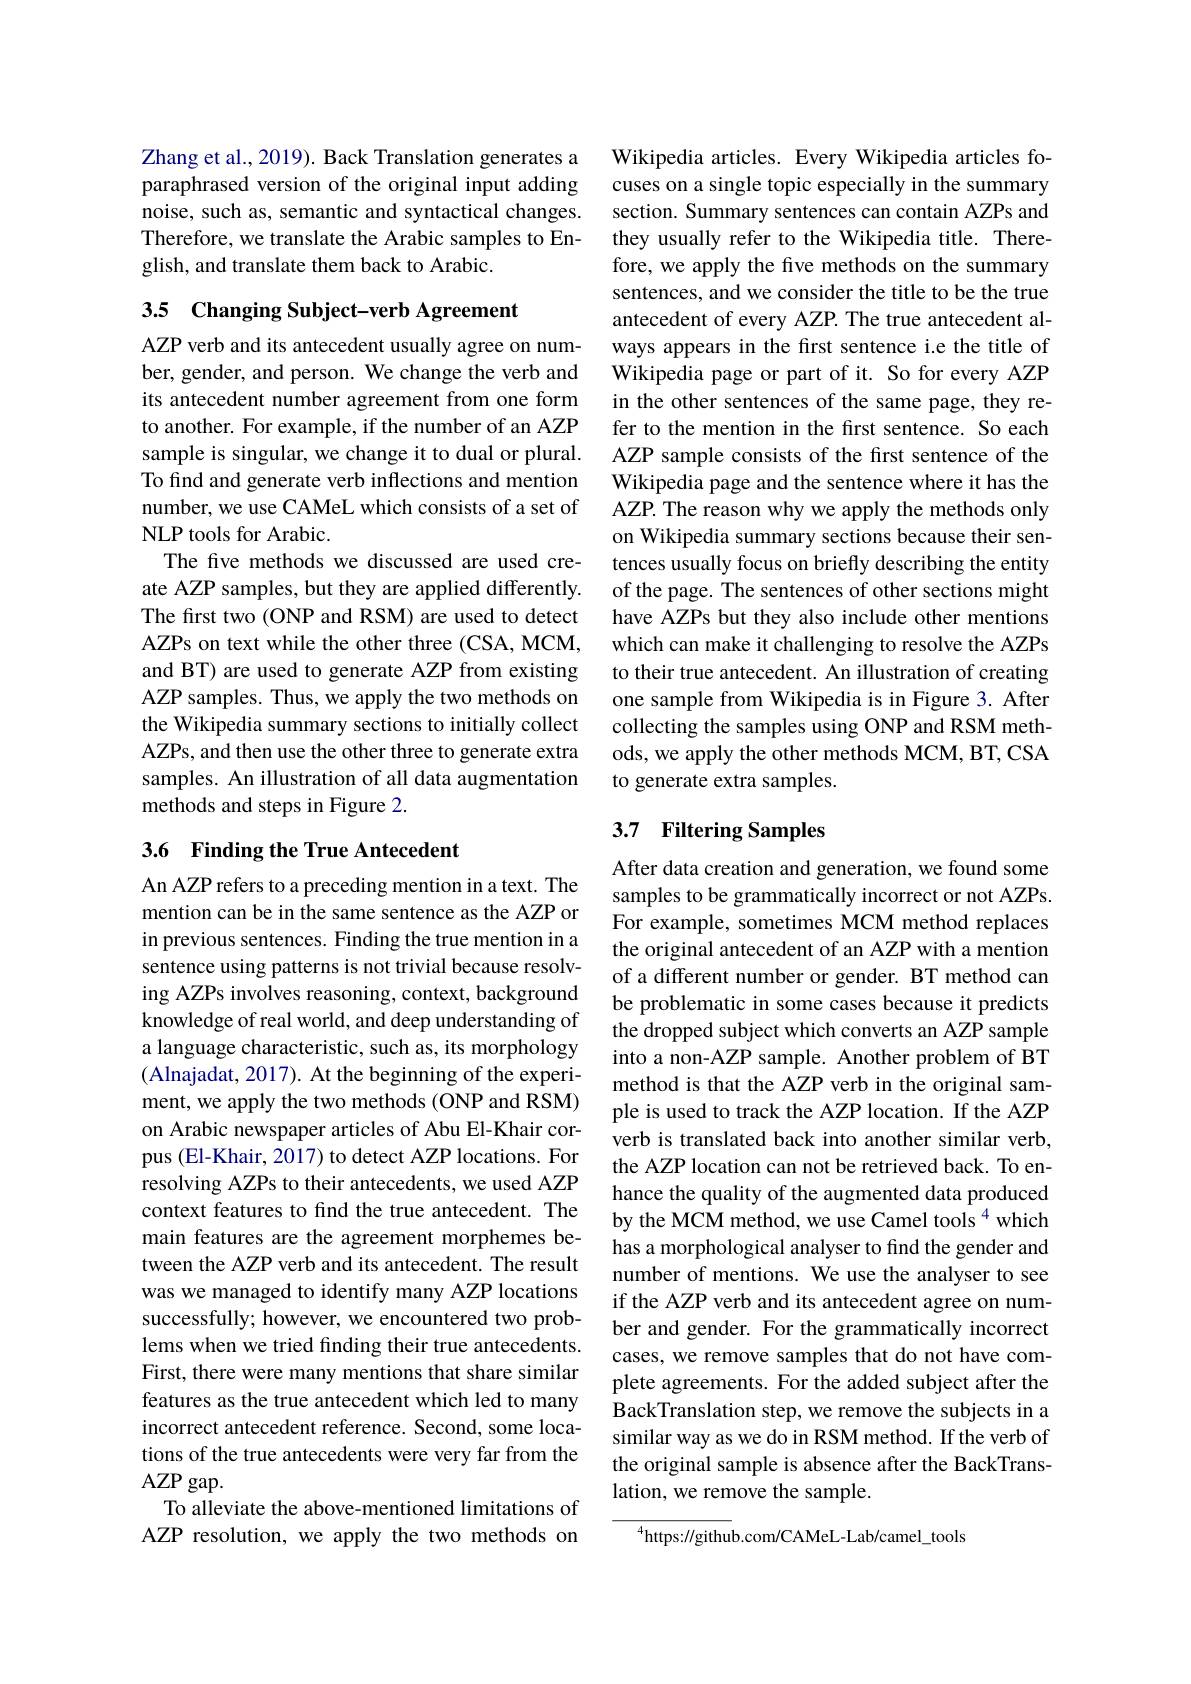
Zhang et al., 2019). Back Translation generates a paraphrased version of the original input adding noise, such as, semantic and syntactical changes. Therefore, we translate the Arabic samples to English, and translate them back to Arabic.

# 3.5 Changing Subject-verb Agreement

AZP verb and its antecedent usually agree on number, gender, and person. We change the verb and its antecedent number agreement from one form to another. For example, if the number of an AZP sample is singular, we change it to dual or plural. To find and generate verb inflections and mention number, we use CAMeL which consists of a set of NLP tools for Arabic.
The five methods we discussed are used create AZP samples, but they are applied differently. The first two (ONP and RSM) are used to detect AZPs on text while the other three (CSA, MCM, and BT) are used to generate AZP from existing AZP samples. Thus, we apply the two methods on the Wikipedia summary sections to initially collect AZPs, and then use the other three to generate extra samples. An illustration of all data augmentation methods and steps in Figure 2.

# 3.6 Finding the True Antecedent

An AZP refers to a preceding mention in a text. The mention can be in the same sentence as the AZP or in previous sentences. Finding the true mention in a sentence using patterns is not trivial because resolving AZPs involves reasoning, context, background knowledge of real world, and deep understanding of a language characteristic, such as, its morphology (Alnajadat, 2017). At the beginning of the experiment, we apply the two methods (ONP and RSM) on Arabic newspaper articles of Abu El-Khair corpus (El-Khair, 2017) to detect AZP locations. For resolving AZPs to their antecedents, we used AZP context features to find the true antecedent. The main features are the agreement morphemes between the AZP verb and its antecedent. The result was we managed to identify many AZP locations successfully; however, we encountered two problems when we tried finding their true antecedents. First, there were many mentions that share similar features as the true antecedent which led to many incorrect antecedent reference. Second, some locations of the true antecedents were very far from the AZP gap.
To alleviate the above-mentioned limitations of AZP resolution, we apply the two methods on

Wikipedia articles. Every Wikipedia articles focuses on a single topic especially in the summary section. Summary sentences can contain AZPs and they usually refer to the Wikipedia title. Therefore, we apply the five methods on the summary sentences, and we consider the title to be the true antecedent of every AZP. The true antecedent always appears in the first sentence i.e the title of Wikipedia page or part of it. So for every AZP in the other sentences of the same page, they refer to the mention in the first sentence. So each AZP sample consists of the frst sentence of the Wikipedia page and the sentence where it has the AZP. The reason why we apply the methods only on Wikipedia summary sections because their sentences usually focus on briefly describing the entity of the page. The sentences of other sections might have AZPs but they also include other mentions which can make it challenging to resolve the AZPs to their true antecedent. An illustration of creating one sample from Wikipedia is in Figure 3. After collecting the samples using ONP and RSM methods, we apply the other methods MCM, BT, CSA to generate extra samples.

# 3.7 Filtering Samples

After data creation and generation, we found some samples to be grammatically incorrect or not AZPs. For example, sometimes MCM method replaces the original antecedent of an AZP with a mention of a different number or gender. BT method can be problematic in some cases because it predicts the dropped subject which converts an AZP sample into a non-AZP sample. Another problem of BT method is that the AZP verb in the original sample is used to track the AZP location. If the AZP verb is translated back into another similar verb, the AZP location can not be retrieved back. To enhance the quality of the augmented data produced by the MCM method, we use Camel tools $^{4}$which has a morphological analyser to find the gender and number of mentions. We use the analyser to see if the AZP verb and its antecedent agree on number and gender. For the grammatically incorrect cases, we remove samples that do not have complete agreements. For the added subject after the BackTranslation step, we remove the subjects in a similar way as we do in RSM method. If the verb of the original sample is absence after the BackTranslation, we remove the sample.

$^{4}$https://github.com/CAMeL-Lab/camel\_tools